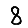
Digit: 8